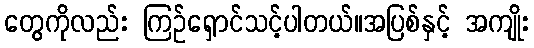
တွေကိုလည်း ကြဉ်ရှောင်သင့်ပါတယ်။အပြစ်နှင့် အကျိုး